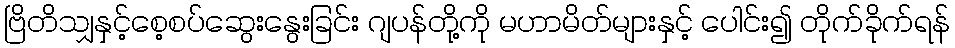
ဗြိတိသျှနှင့်စေ့စပ်ဆွေးနွေးခြင်း ဂျပန်တို့ကို မဟာမိတ်များနှင့် ပေါင်း၍ တိုက်ခိုက်ရန်